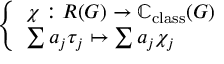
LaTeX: \left\{ \begin{array} { l l } { \chi : R ( G ) \to \mathbb { C } _ { \mathrm { c l a s s } } ( G ) } \\ { \sum a _ { j } \tau _ { j } \mapsto \sum a _ { j } \chi _ { j } } \end{array} \right.